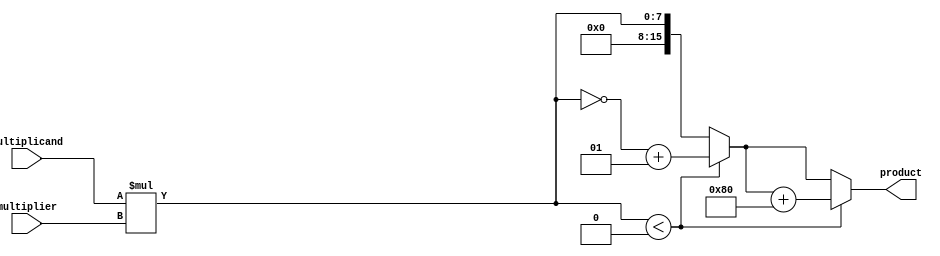
module bm1(
  input [3:0] multiplicand,
  input [3:0] multiplier,
  output [15:0] product
);

  wire signed [15:0] signed_product;
  wire [15:0] unsigned_product;

  assign signed_product = multiplicand * multiplier;
  assign unsigned_product = (signed_product < 0) ? ~signed_product + 1 : signed_product;

  assign product = {(signed_product < 0) ? unsigned_product + 128 : unsigned_product};

endmodule